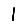
Digit: 1